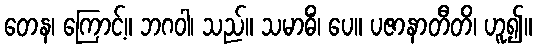
တေန၊ ကြောင့်။ ဘဂဝါ၊ သည်။ သမာဓိံ၊ ပေ။ ပဇာနာတီတိ၊ ဟူ၍။